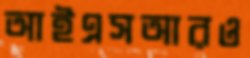
আইএসআরও